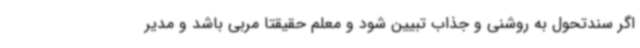
اگر سندتحول به روشنی و جذاب تبیین شود و معلم حقیقتا مربی باشد و مدیر